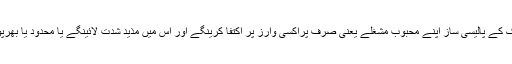
اب دیکھنا یہ ھے کہ دونوں ممالک کے پالیسی ساز اپنے محبوب مشغلے یعنی صرف پراکسی وارز پر اکتفا کرینگے اور اس میں مذید شدت لائینگے یا محدود یا بھرپور جنگ کی طرف بھی جائینگے۔